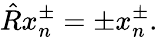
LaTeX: \hat{R}x_{n}^{\pm}=\pm x_{n}^{\pm}.